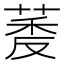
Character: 𬝔